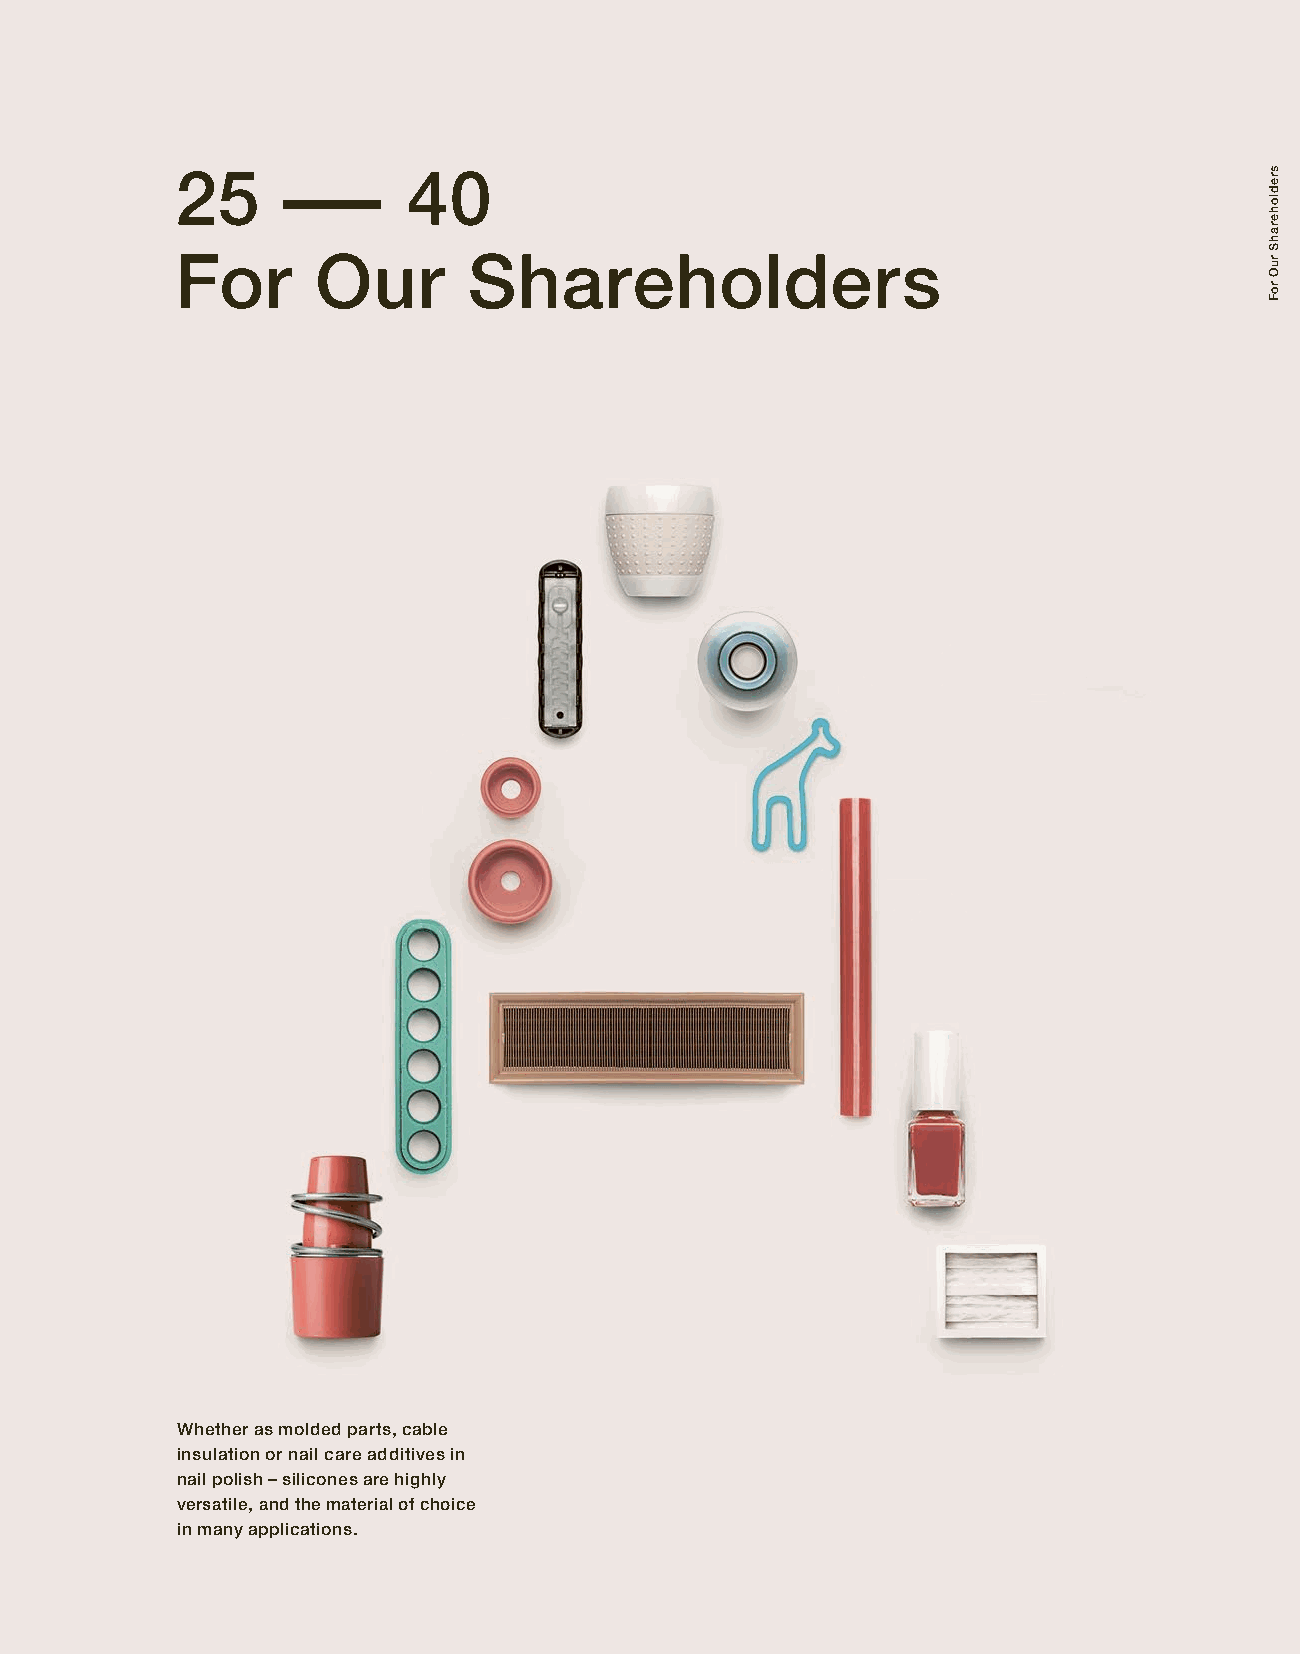
25     –       40
 For      Our       Shareholders
 Whether as molded parts, cable
 insulation or nail care additives in
 nail polish – silicones are highly
 versatile, and the material of choice
 in many applications.
 sredloherahS
 ruO
 roF